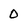
Character: 0